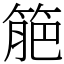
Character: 䈈